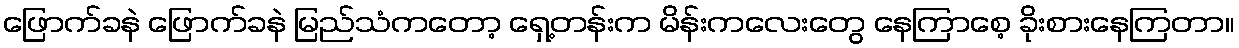
ဖြောက်ခနဲ ဖြောက်ခနဲ မြည်သံကတော့ ရှေ့တန်းက မိန်းကလေးတွေ နေကြာစေ့ ခိုးစားနေကြတာ။